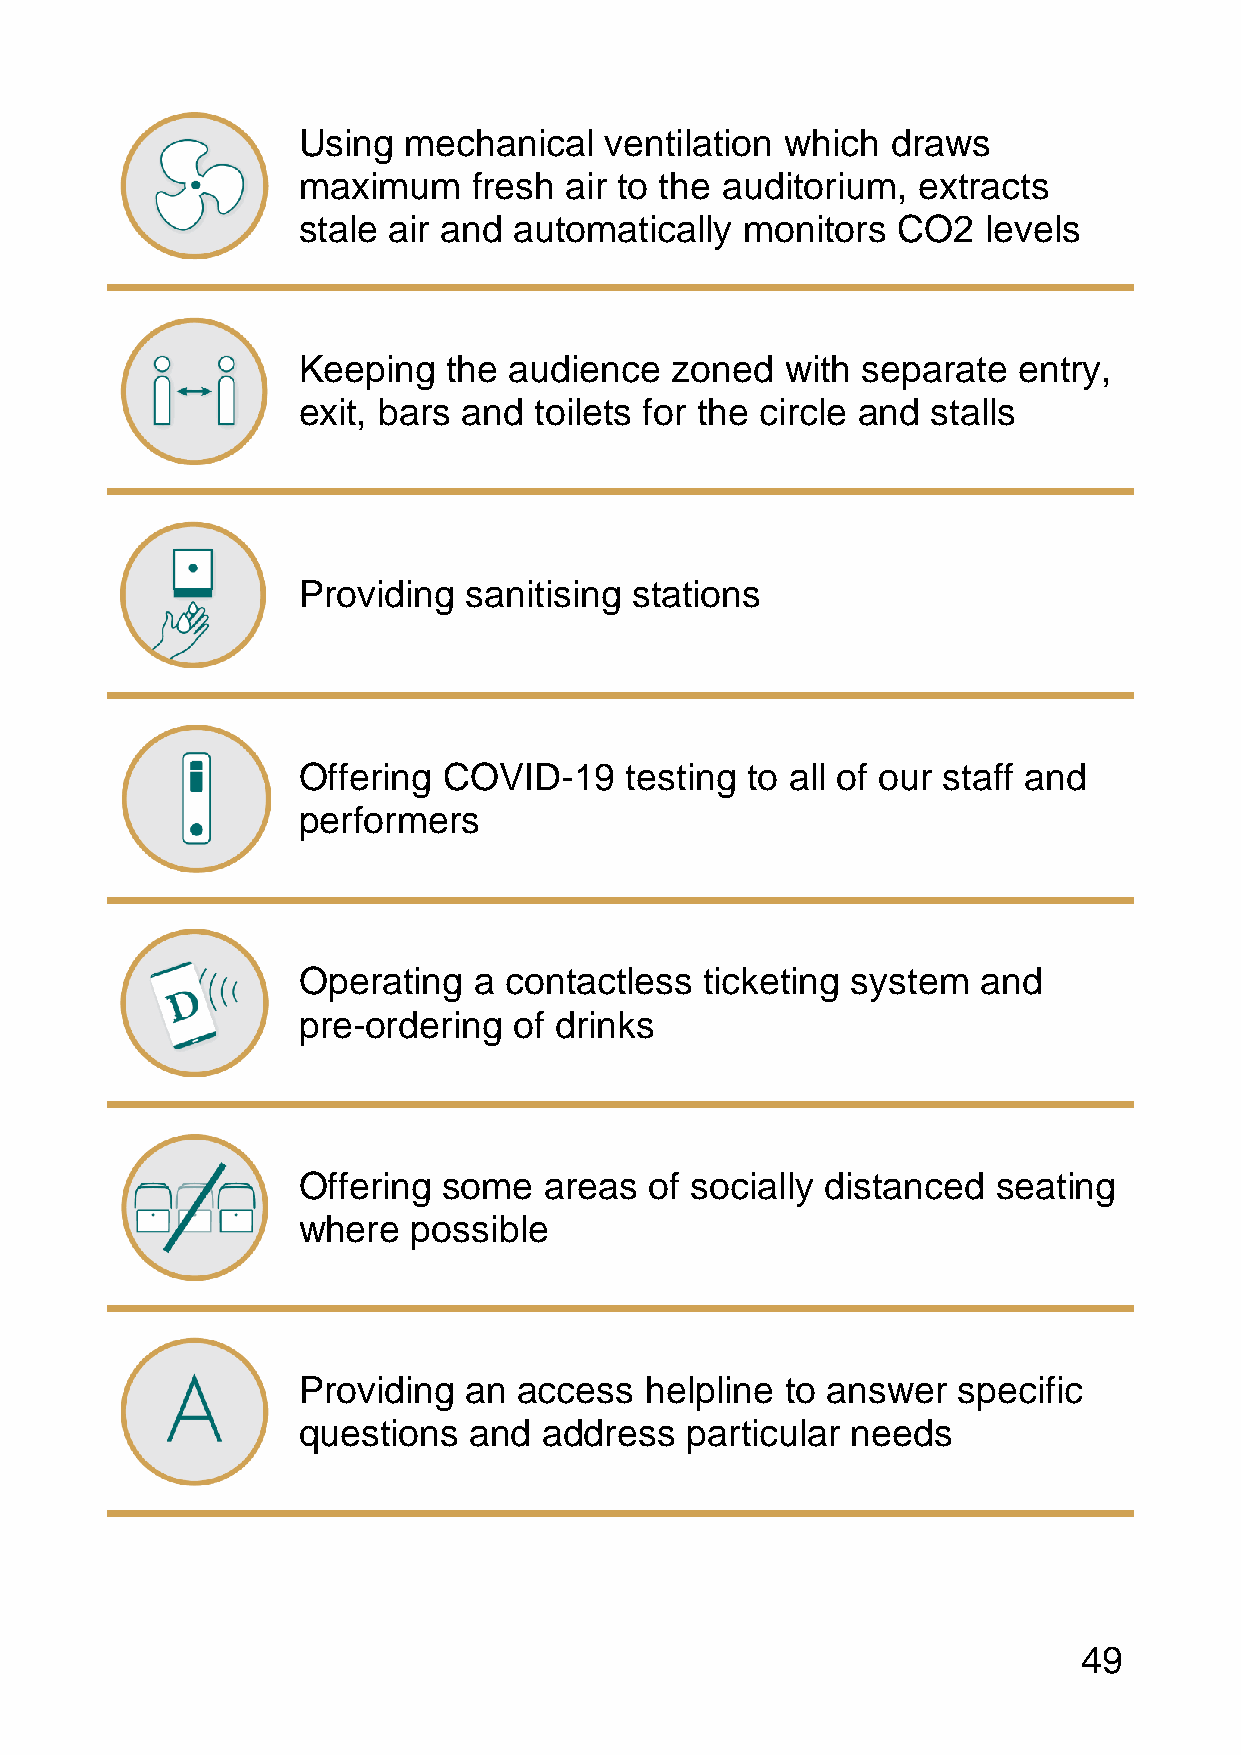
Using  mechanical   ventilation which  draws
 maximum    fresh air to the auditorium,  extracts
 stale air and automatically  monitors  CO2   levels
 Keeping   the audience  zoned   with separate  entry,
 exit, bars and toilets for the circle and stalls
 Providing  sanitising stations
 Offering COVID-19    testing to all of our staff and
 performers
 Operating  a contactless   ticketing system  and
 pre-ordering  of drinks
 Offering some   areas  of socially distanced  seating
 where  possible
 Providing  an access   helpline to answer  specific
 questions  and  address  particular needs
 49